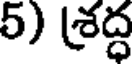
5) (శ్రద్ధ